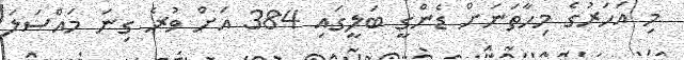
މި އަހަރުގެ މިހާތަނަށް ޑެންގީ ބަލީގައި 384 އަށް ވުރެ ގިނަ މައްސަލަ